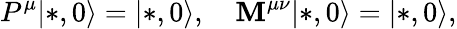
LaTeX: P^{\mu}|*,0\rangle=|*,0\rangle,\quad\mathbf{M}^{\mu\nu}|*,0\rangle=|*,0\rangle,